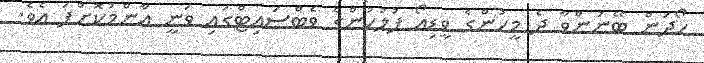
ހޯދަން ބޭނުންވާ ދެ މީހުންގެ ވީޑިއޯ ފުލުހުންގެ ވެބްސައިޓްގައި ވަނީ އާންމުކޮށްފަ އެވެ.